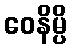
ဝေနိမ္ပိ